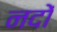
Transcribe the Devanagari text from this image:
नदों